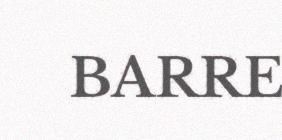
BARRE